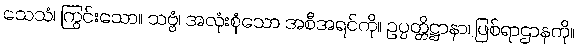
သေသံ၊ ကြွင်းသော။ သဗ္ဗံ၊ အလုံးစုံသော အစီအရင်ကို။ ဥပ္ပတ္တိဋ္ဌာနာ၊ ဖြစ်ရာဌာနကို။